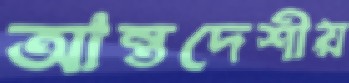
আন্তদেশীয়